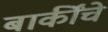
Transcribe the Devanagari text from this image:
बाकींचे